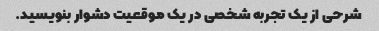
شرحی از یک تجربه شخصی در یک موقعیت دشوار بنویسید.